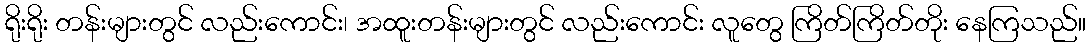
ရိုးရိုး တန်းများတွင် လည်းကောင်း၊ အထူးတန်းများတွင် လည်းကောင်း လူတွေ ကြိတ်ကြိတ်တိုး နေကြသည်။